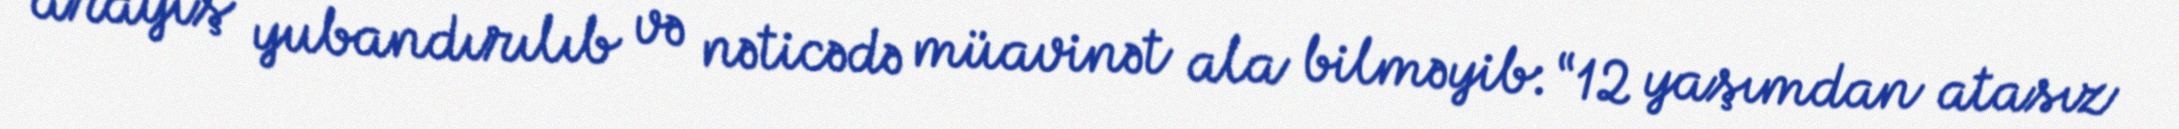
arayış yubandırılıb və nəticədə müavinət ala bilməyib: “12 yaşımdan atasız